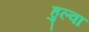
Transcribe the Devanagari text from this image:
हुल्वा